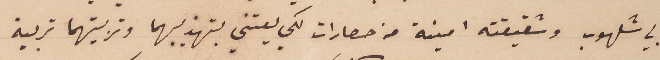
ابي شلهوب وشقيقته امينة من حصارات لكي يعتني بتهذيبهما وتربيتهما تربية